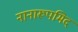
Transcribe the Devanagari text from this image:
नानारूपमिदं